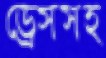
ড্রেসসহ